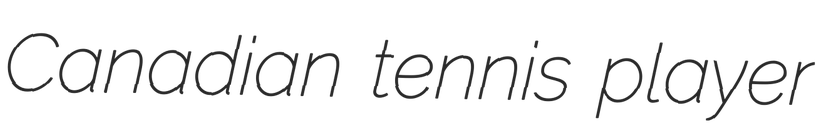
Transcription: Canadian tennis player